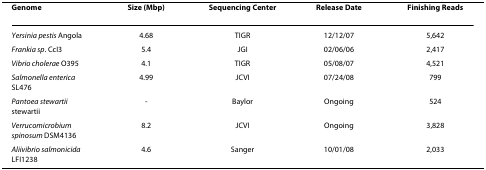
<table><thead><tr><td><b>Genome</b></td><td><b>Size (Mbp)</b></td><td><b>Sequencing Center</b></td><td><b>Release Date</b></td><td><b>Finishing Reads</b></td></tr></thead><tbody><tr><td><i>Yersinia pestis </i>Angola</td><td>4.68</td><td>TIGR</td><td>12/12/07</td><td>5,642</td></tr><tr><td><i>Frankia sp</i>. CcI3</td><td>5.4</td><td>JGI</td><td>02/06/06</td><td>2,417</td></tr><tr><td><i>Vibrio cholerae </i>O395</td><td>4.1</td><td>TIGR</td><td>05/08/07</td><td>4,521</td></tr><tr><td><i>Salmonella enterica </i>SL476</td><td>4.99</td><td>JCVI</td><td>07/24/08</td><td>799</td></tr><tr><td><i>Pantoea stewartii </i>stewartii</td><td>-</td><td>Baylor</td><td>Ongoing</td><td>524</td></tr><tr><td><i>Verrucomicrobium spinosum </i>DSM4136</td><td>8.2</td><td>JCVI</td><td>Ongoing</td><td>3,828</td></tr><tr><td><i>Aliivibrio salmonicida </i>LFI1238</td><td>4.6</td><td>Sanger</td><td>10/01/08</td><td>2,033</td></tr></tbody></table>